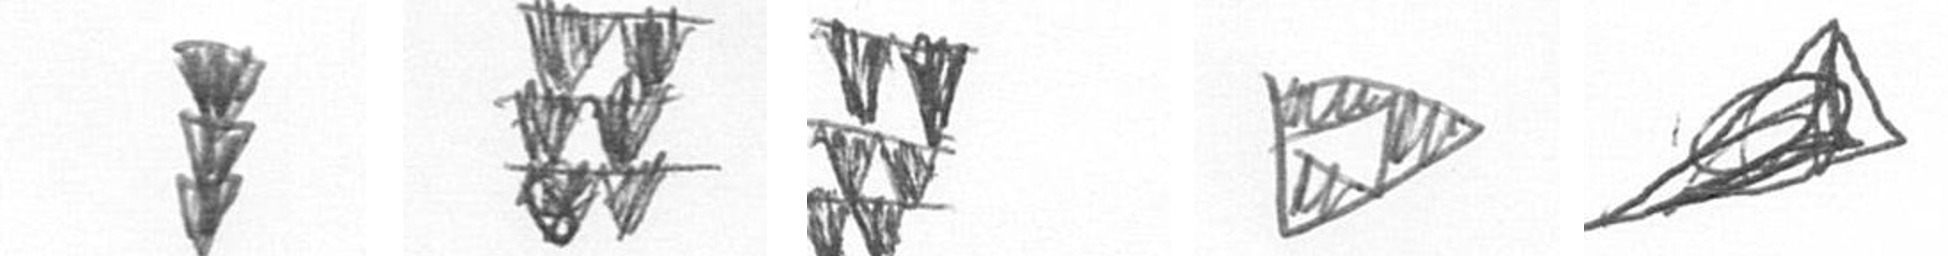
E Y Y K O